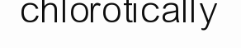
chlorotically